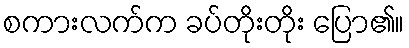
စကားလက်က ခပ်တိုးတိုး ပြော၏။